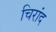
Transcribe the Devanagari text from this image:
चिरांद